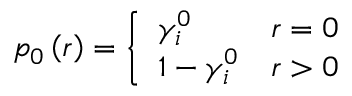
p _ { 0 } \left( r \right) = \left\{ \begin{array} { l l } { \gamma _ { i } ^ { 0 } } & { r = 0 } \\ { 1 - \gamma _ { i } ^ { 0 } } & { r > 0 } \end{array} \right.